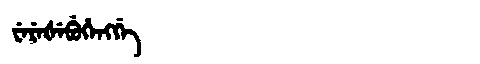
Manchu: ᠸᡝᡵᡝᡧᡝᠪᡠᡥᡝᠩᡤᡝ
Romanization: WEREŠEBUHENGGE